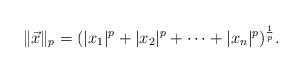
LaTeX: \begin{align*}\|\vec x\|_p = (|x_1|^p+|x_2|^p+\cdots+|x_n|^p)^{\frac{1}{p}}.\end{align*}